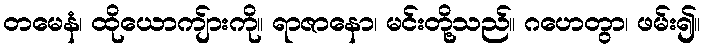
တမေနံ၊ ထိုယောကျ်ားကို။ ရာဇာနော၊ မင်းတို့သည်။ ဂဟေတွာ၊ ဖမ်း၍။